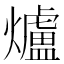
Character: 爐